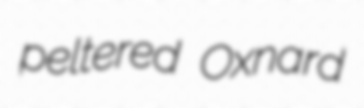
peltered Oxnard